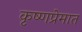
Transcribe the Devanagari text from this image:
कृष्णप्रेमात